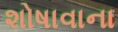
શોષાવાના